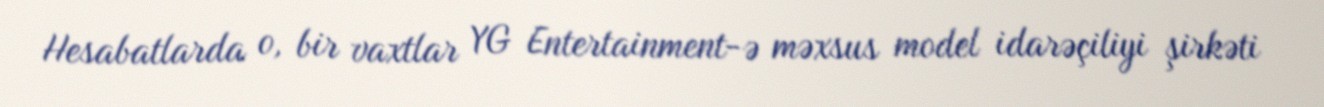
Hesabatlarda o, bir vaxtlar YG Entertainment-ə məxsus model idarəçiliyi şirkəti